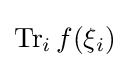
\operatorname {Tr} _{i}f(\xi _{i})